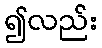
၍လည်း